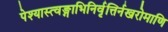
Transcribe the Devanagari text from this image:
पेश्यास्त्वङ्गाभिनिर्वृत्तिर्नखरोमाणि